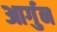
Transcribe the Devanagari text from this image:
आर्गुन